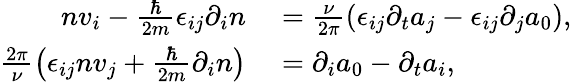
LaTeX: \begin{array}{rl}{nv_{i}-\frac{\hbar}{2m}\epsilon_{ij}\partial_{i}n}&{{}=\frac{\nu}{2\pi}\left(\epsilon_{ij}\partial_{t}a_{j}-\epsilon_{ij}\partial_{j}a_{0}\right),}\\ {\frac{2\pi}{\nu}\left(\epsilon_{ij}nv_{j}+\frac{\hbar}{2m}\partial_{i}n\right)}&{{}=\partial_{i}a_{0}-\partial_{t}a_{i},}\end{array}